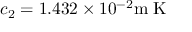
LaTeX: c _ { 2 } = 1 . 4 3 2 \times 1 0 ^ { - 2 } { \mathrm { m � K } }